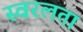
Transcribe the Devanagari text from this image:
स्वरलता